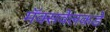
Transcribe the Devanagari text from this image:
मॅक्सवेलकडे